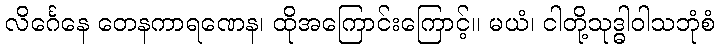
လိင်္ဂေနေ တေနကာရဏေန၊ ထိုအကြောင်းကြောင့်။ မယံ၊ ငါတို့သုဒ္ဓါဝါသဘုံစံ